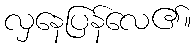
လှနေပြန်လေ၏။